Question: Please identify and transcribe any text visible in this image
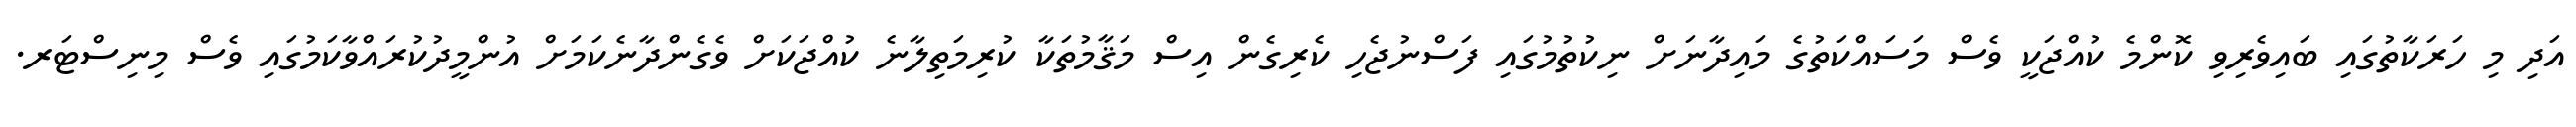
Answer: އަދި މި ހަރަކާތުގައި ބައިވެރިވި ކޮންމެ ކުއްޖަކީ ވެސް މަސައްކަތުގެ މައިދާނަށް ނިކުތުމުގައި ފަސްނުޖެހި ކެރިގެން އިސް މަޤާމުތަކާ ކުރިމަތިލާނެ ކުއްޖަކަށް ވެގެންދާނެކަމަށް އުންމީދުކުރައްވާކަމުގައި ވެސް މިނިސްޓަރ.